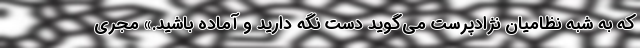
که به شبه نظامیان نژادپرست می‌گوید دست نگه دارید و آماده باشید.» مجری